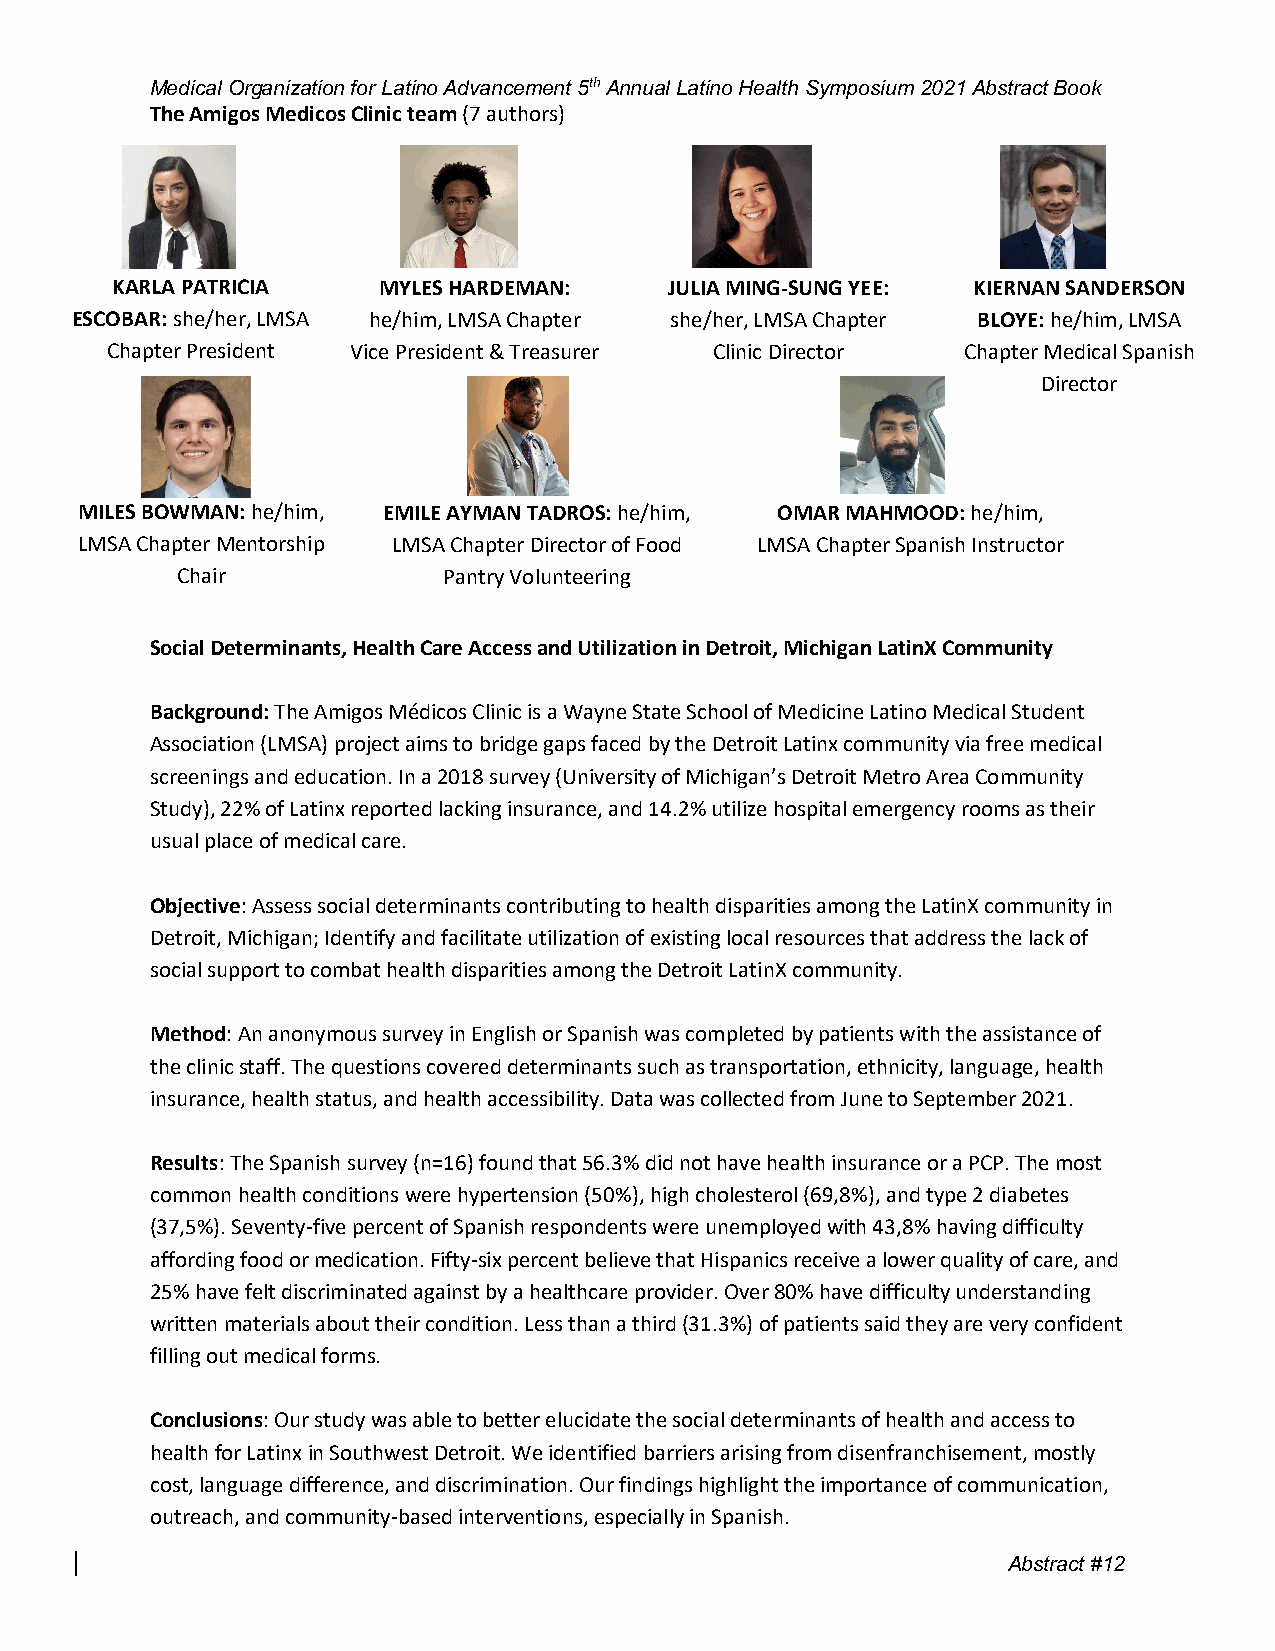
Medical Organization for Latino Advancement 5th Annual Latino Health Symposium 2021 Abstract Book
 The Amigos Medicos Clinic team (7 authors)
 KARLA PATRICIA    MYLES HARDEMAN:    JULIA MING-SUNG YEE: KIERNAN SANDERSON
 ESCOBAR: she/her, LMSA he/him, LMSA Chapter she/her, LMSA Chapter BLOYE: he/him, LMSA
 Chapter President Vice President & Treasurer Clinic Director Chapter Medical Spanish
 Director
 MILES BOWMAN: he/him, EMILE AYMAN TADROS: he/him, OMAR MAHMOOD: he/him,
 LMSA Chapter Mentorship LMSA Chapter Director of Food LMSA Chapter Spanish Instructor
 Chair            Pantry Volunteering
 Social Determinants, Health Care Access and Utilization in Detroit, Michigan LatinX Community
 Background: The Amigos Médicos Clinic is a Wayne State School of Medicine Latino Medical Student
 Association (LMSA) project aims to bridge gaps faced by the Detroit Latinx community via free medical
 screenings and education. In a 2018 survey (University of Michigan’s Detroit Metro Area Community
 Study), 22% of Latinx reported lacking insurance, and 14.2% utilize hospital emergency rooms as their
 usual place of medical care.
 Objective: Assess social determinants contributing to health disparities among the LatinX community in
 Detroit, Michigan; Identify and facilitate utilization of existing local resources that address the lack of
 social support to combat health disparities among the Detroit LatinX community.
 Method: An anonymous survey in English or Spanish was completed by patients with the assistance of
 the clinic staff. The questions covered determinants such as transportation, ethnicity, language, health
 insurance, health status, and health accessibility. Data was collected from June to September 2021.
 Results: The Spanish survey (n=16) found that 56.3% did not have health insurance or a PCP. The most
 common health conditions were hypertension (50%), high cholesterol (69,8%), and type 2 diabetes
 (37,5%). Seventy-five percent of Spanish respondents were unemployed with 43,8% having difficulty
 affording food or medication. Fifty-six percent believe that Hispanics receive a lower quality of care, and
 25% have felt discriminated against by a healthcare provider. Over 80% have difficulty understanding
 written materials about their condition. Less than a third (31.3%) of patients said they are very confident
 filling out medical forms.
 Conclusions: Our study was able to better elucidate the social determinants of health and access to
 health for Latinx in Southwest Detroit. We identified barriers arising from disenfranchisement, mostly
 cost, language difference, and discrimination. Our findings highlight the importance of communication,
 outreach, and community-based interventions, especially in Spanish.
 Abstract #12